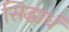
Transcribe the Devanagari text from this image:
सिद्धार्ध